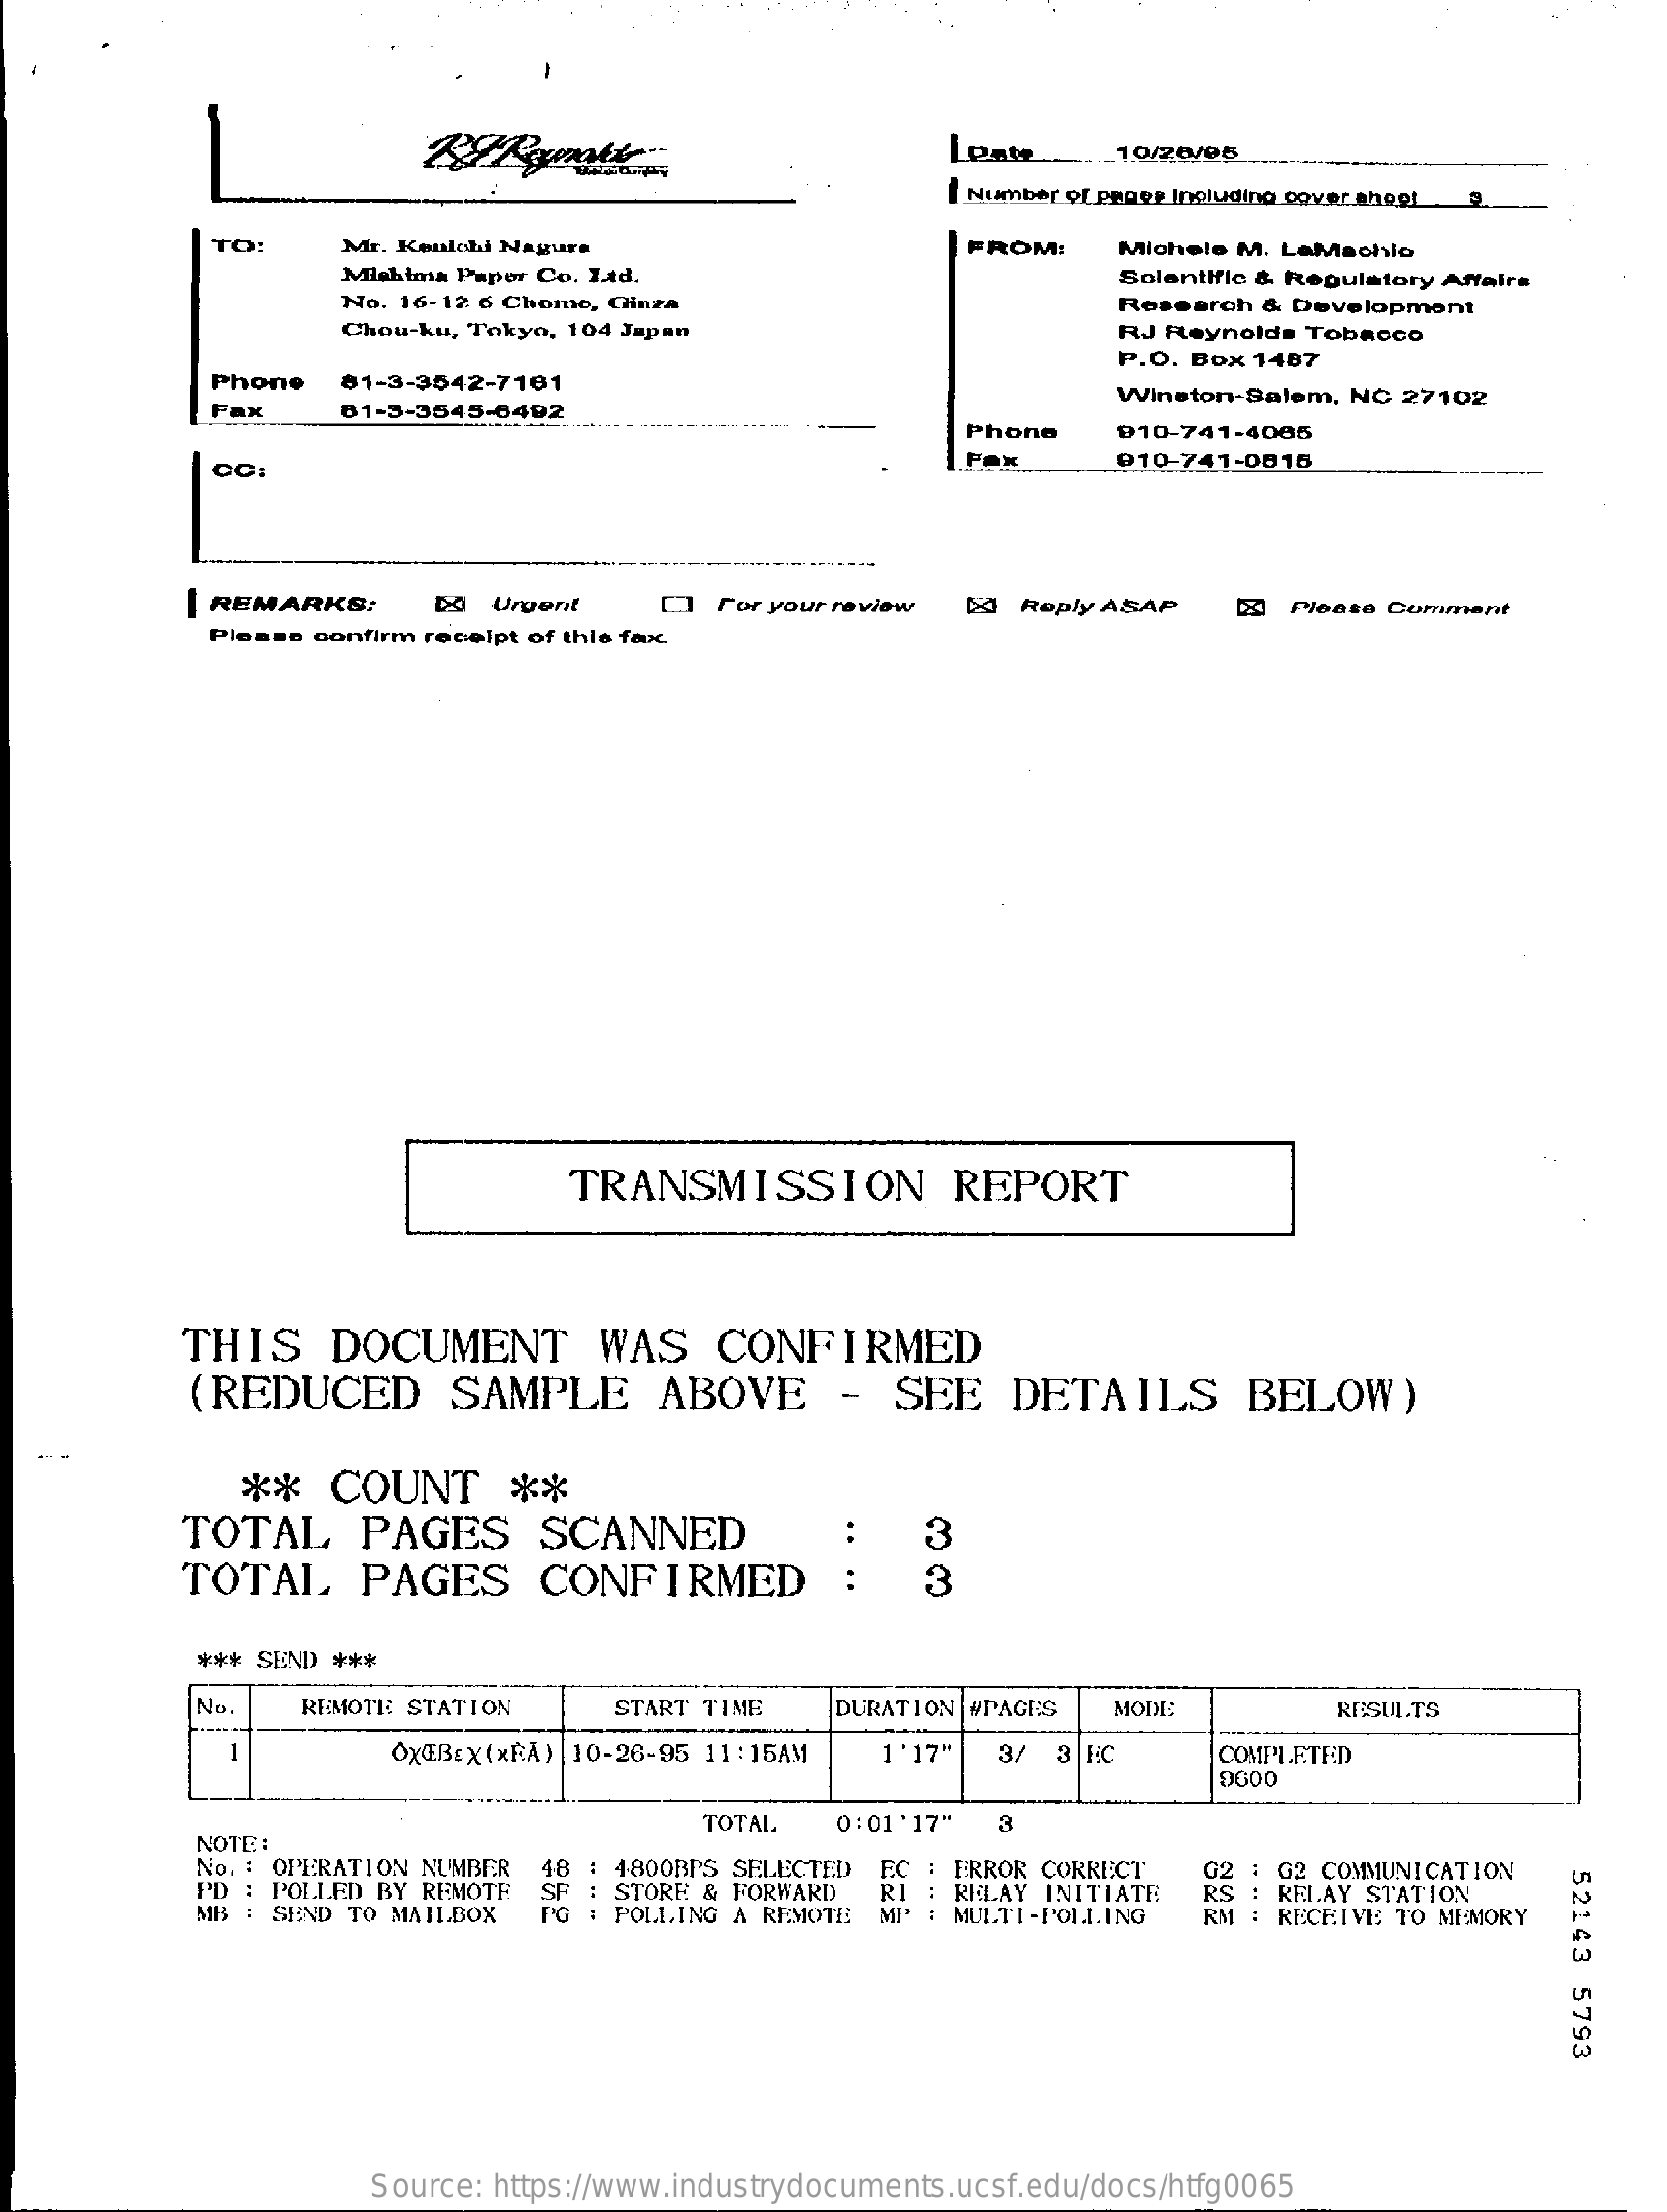
Leate    10/20/05
     | Number of pappe Including cover shoot
     TO:    Mr. Kenlohi Nagura    FROM:  Michele M. LaMachlo
     Mlehima Papor Co. Ltd.    Solentific & Regulatory Affairs
     No. 16-12 6 Chome, Ginza    Research & Development
     Chou-ku, Tokyo, 104 Japan    RJ Reynolds Tobacco
     Phone  81-3-3542-7101
     P.O. Box 1407
     FAX    81-3-3545-6492
     Winston-Salem, NC 27102
     Phone  910-741-4065
     CC:    910-741-0816
     | REMARKS:    Urgent   D  For your review [a Reply ASAP [2) Please Comment
     Please confirm receipt of thie feuc.
     TRANSMISSION    REPORT
     THIS   DOCUMENT    WAS  CONFIRMED
     (REDUCED    SAMPLE    ABOVE    -  SEE  DETAILS    BELOW)
     **  COUNT    **
     TOTAL   PAGES    SCANNED    3
     TOTAL   PAGES    CONFIRMED
     *** SEND ***
     No.   REMOTE STATION  START TIME DURATION #PAGES MODE:    RESULTS
     OXŒBEX(xRA) |10-26-95 11:15AM 1 '17" 3/ 3 C COMPLETED
     9000
     NOTE:
     TOTAL  0:01'17"
     No. : OPERATION NUMBER 48 : 4800BPS SELECTED EC : ERROR CORRECT G2 COMMUNICATION
     52143
     5793
     PD : POLLED BY REMOTE
     MB : SEND TO MAILBOX PG : POLLING A REMOTE
     SF  STORE & FORWARD RI : RELAY INITIATE
     02 1
     MP' : MULTI-POLLING
     RS : RELAY STATION
     RM : RECEIVE TO MEMORY
     Source: https://www.industrydocuments.ucsf.edu/docs/htfg0065